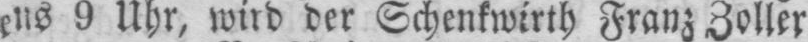
ens 9 Uhr, wird der Schenkwirth Franz Zoller